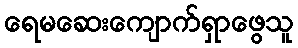
ရေမဆေးကျောက်ရှာဖွေသူ